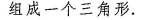
组成一个三角形。